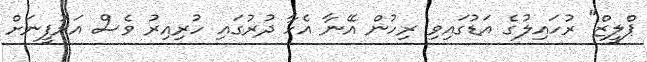
ޕްލީޒް" ރުހައިލުގެ އަޑުގައިވި ރިހުން އޭނާ އެހާ ދުރުގައި ހުރިއިރު ވެސް އަރުފީނަށް